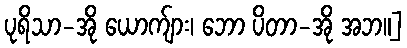
ပုရိသာ-အို ယောက်ျား၊ ဘော ပိတာ-အို အဘ။]